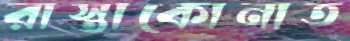
রাস্তাকোনাত